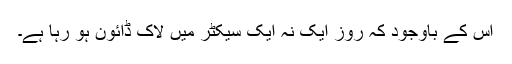
اس کے باوجود کہ روز ایک نہ ایک سیکٹر میں لاک ڈائون ہو رہا ہے۔